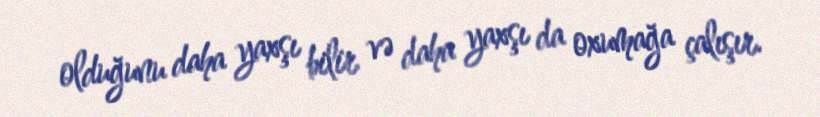
olduğunu daha yaxşı bilir və daha yaxşı da oxumağa çalışır.